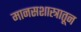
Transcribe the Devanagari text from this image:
मानसशास्त्रातून